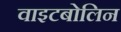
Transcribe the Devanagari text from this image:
वाइटबोलिन